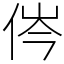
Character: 侺